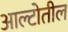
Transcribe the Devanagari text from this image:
आल्टोतील